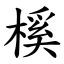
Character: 榽